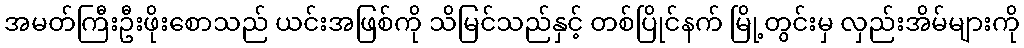
အမတ်ကြီးဦးဖိုးစောသည် ယင်းအဖြစ်ကို သိမြင်သည်နှင့် တစ်ပြိုင်နက် မြို့တွင်းမှ လှည်းအိမ်များကို